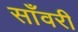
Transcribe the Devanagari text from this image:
साँवरी